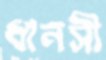
ধানসী